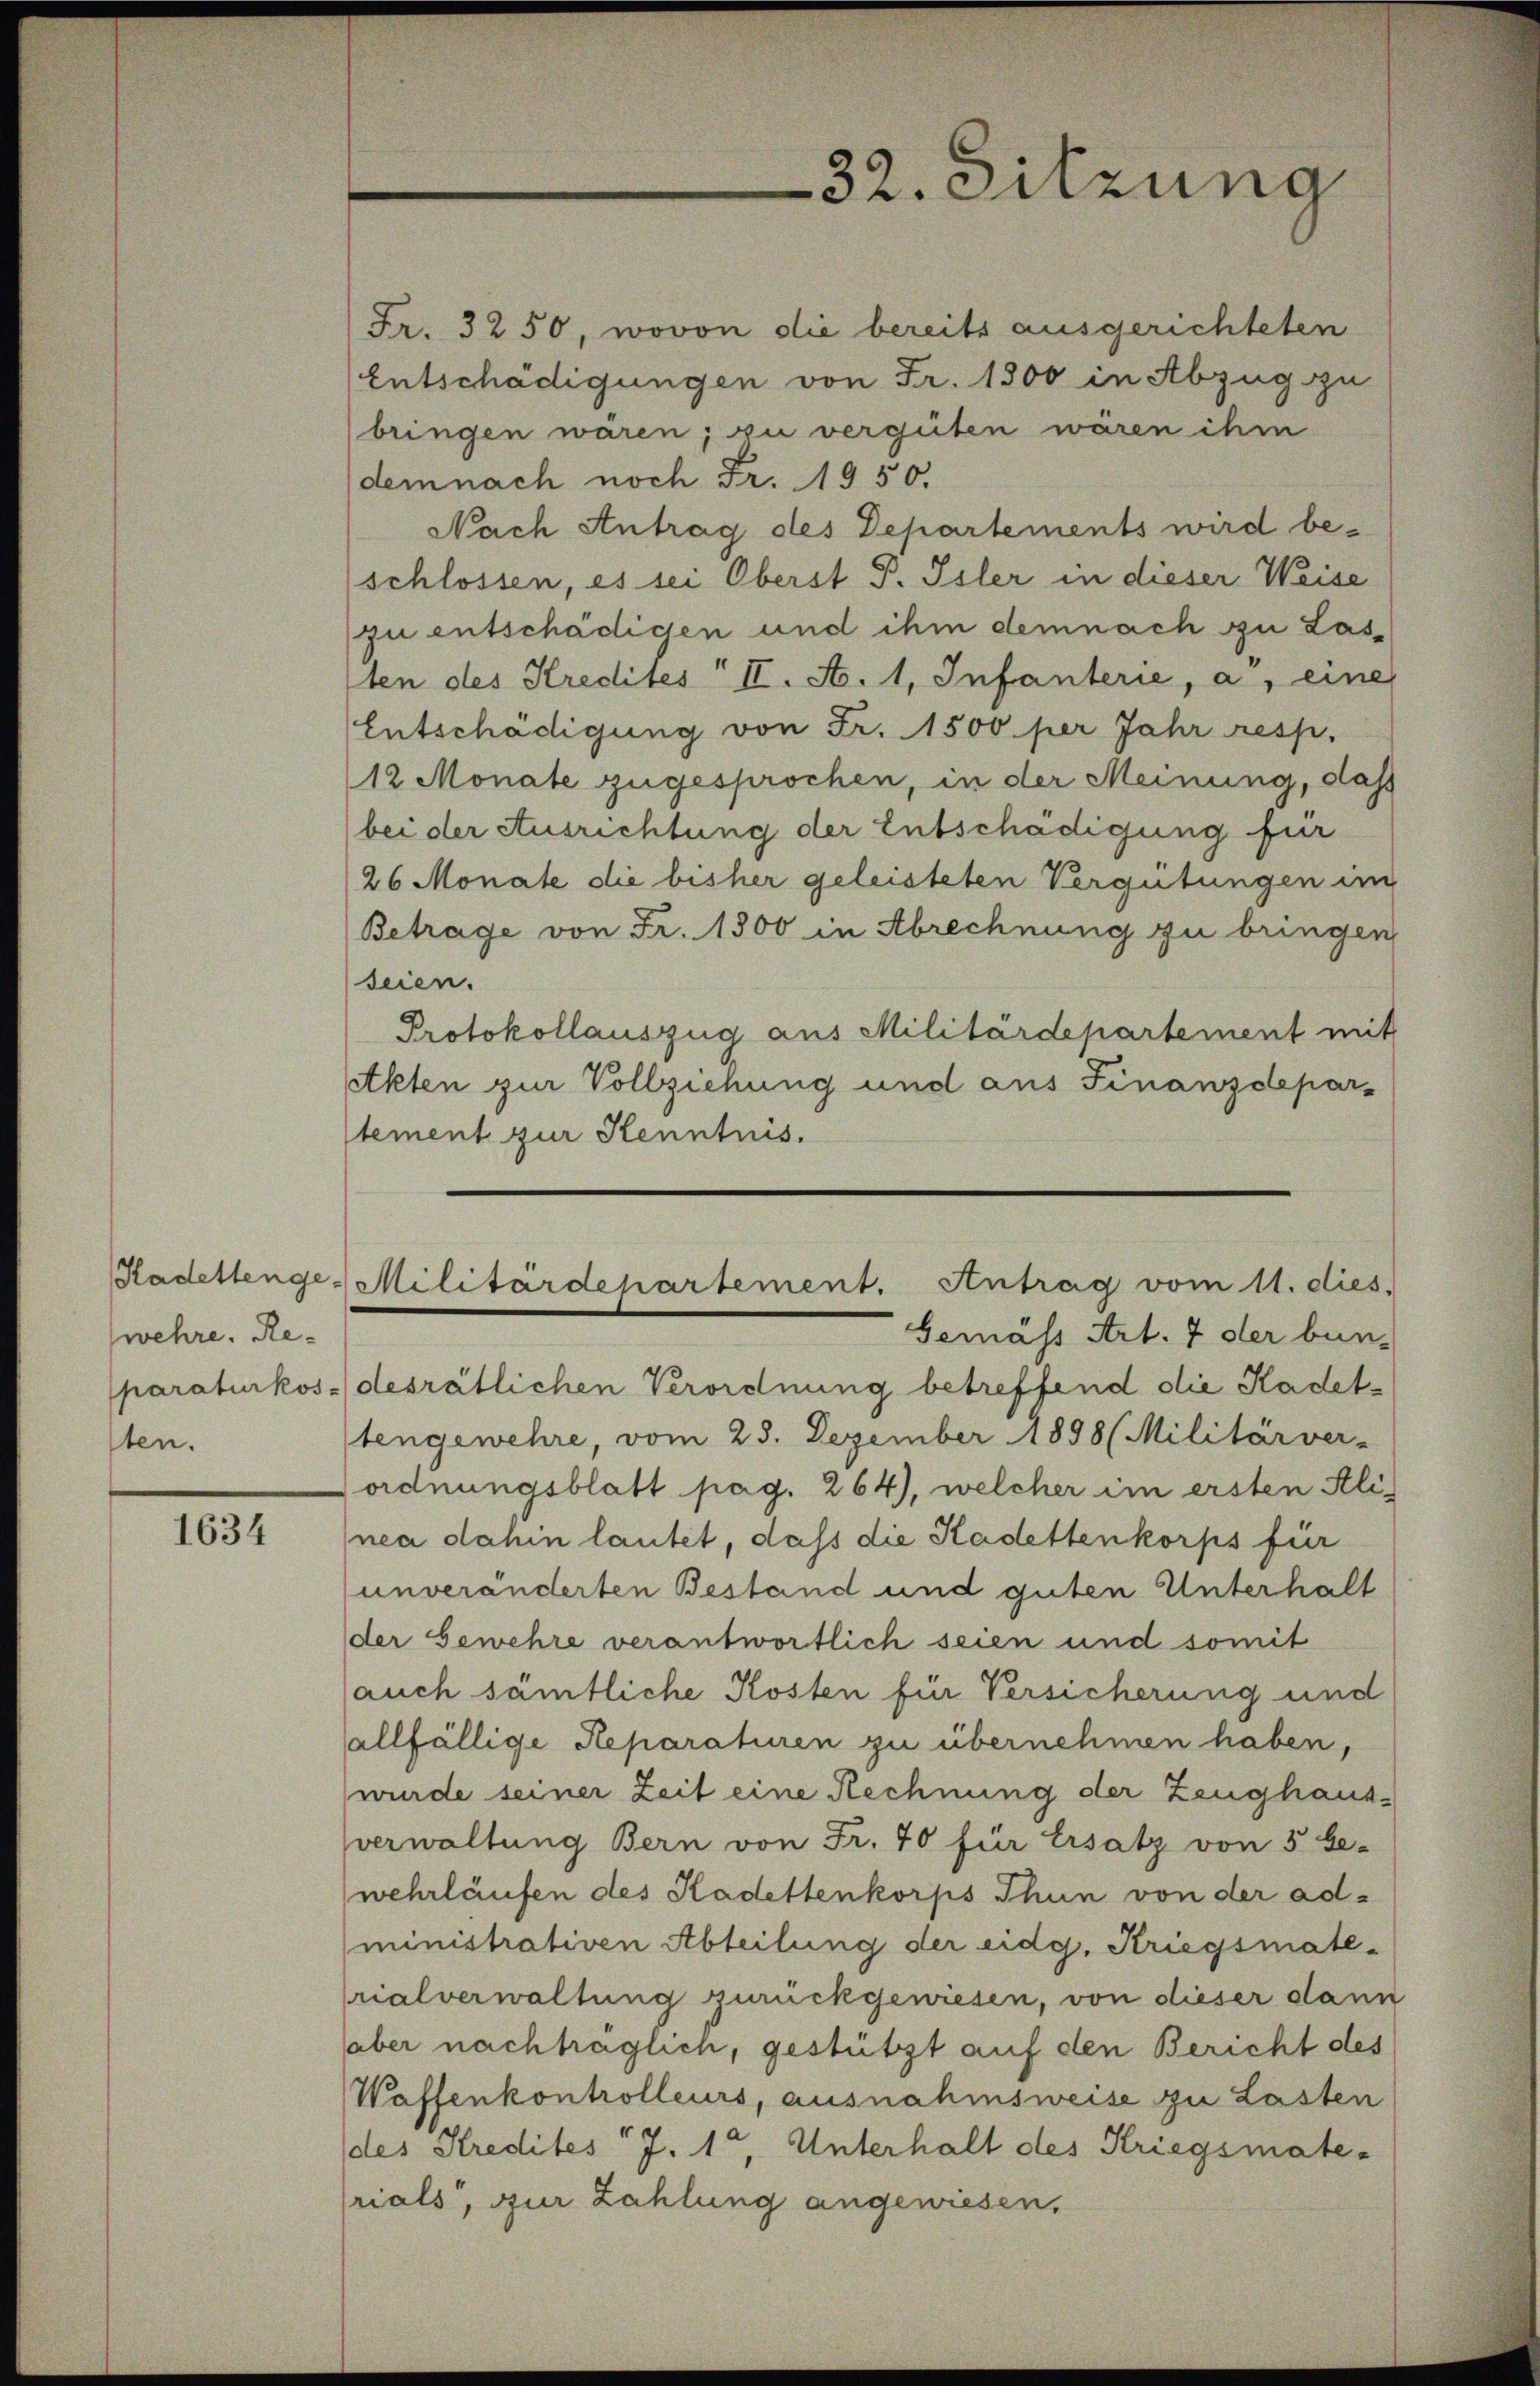
wehre. Reparaturkos
sten.

1634

Fr. 3250, wovon die bereits ausgerichteten
Entschädigungen von Fr. 1800 in Abzug zu
bringen wären; zu vergüten wären ihm
demnach noch Fr. 1950.
Nach Antrag des Departements wird beschlossen, es sei Oberst P. Isler in dieser Weise
(zu entschädigen und ihm demnach zu Lasten des Kredites II. A. 1. Infanterie, a. eine
Entschädigung von Fr. 1500 per Jahr resp.
12 Monate zugesprochen, in der Meinung, dass
bei der Ausrichtung der Entschädigung für
26 Monate die bisher geleisteten Vergütungen im
Betrage von Fr. 1500 in Abrechnung zu bringen
seien.
Protokollauszug aus Militärdepartement mit
stkten zur Vollziehung und aus Finanzdeparstement zur Kenntnis.
Kadettenge Militärdepartement. Antrag vom 11. dies
Gemäss Art. 7 der bun-
desrätlichen Verordnung betreffend die Kadettengewehre, vom 23. Dezember 1898 (Militärver-
ordnungsblatt pag. 264), welcher im ersten Ali-
nea dahin lautet, dass die Kadettenkorps für
unveränderten Bestand und guten Unterhalt
der Gewehre verantwortlich seien und somit
auch sämtliche Kosten für Versicherung und
allfällige Reparaturen zu übernehmen haben,
wurde seiner Zeit eine Rechnung der Zeughausverwaltung Bern von Fr. 70 für Ersatz von 5 be-
wehrlaufen des Kadettenkorps Thun von der administrativen Abteilung der eidg. Kriegsmate-
rialverwaltung zurückgewiesen, von dieser dann
aber nachträglich, gestützt auf den Bericht des
Waffenkontrolleurs, ausnahmsweise zu Lasten
des Kredites J. 1t, Unterhalt des Kriegsmate-
rials, zur Zahlung angewiesen.

32. Sitzung